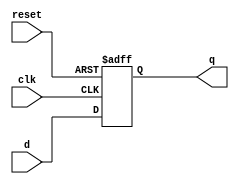
// Listing 4.5
module reg_reset
   (
    input wire clk, reset,
    input wire [7:0] d,
    output reg [7:0] q
   );

   // body
   always @(posedge clk, posedge reset)
      if (reset)
         q <= 0;
      else
         q <= d;

endmodule